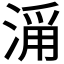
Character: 𣹄